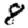
Digit: 8